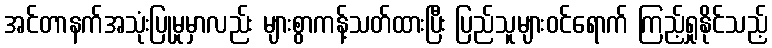
အင်တာနက်အသုံးပြုမှုမှာလည်း များစွာကန့်သတ်ထားပြီး ပြည်သူများဝင်ရောက် ကြည့်ရှုနိုင်သည့်